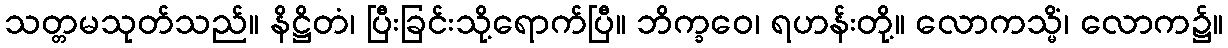
သတ္တမသုတ်သည်။ နိဋ္ဌိတံ၊ ပြီးခြင်းသို့ရောက်ပြီ။ ဘိက္ခဝေ၊ ရဟန်းတို့။ လောကသ္မိံ၊ လောက၌။